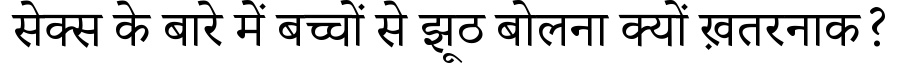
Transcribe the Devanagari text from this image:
सेक्स के बारे में बच्चों से झूठ बोलना क्यों ख़तरनाक?